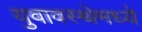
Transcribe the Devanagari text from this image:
युवावस्थेमध्ये